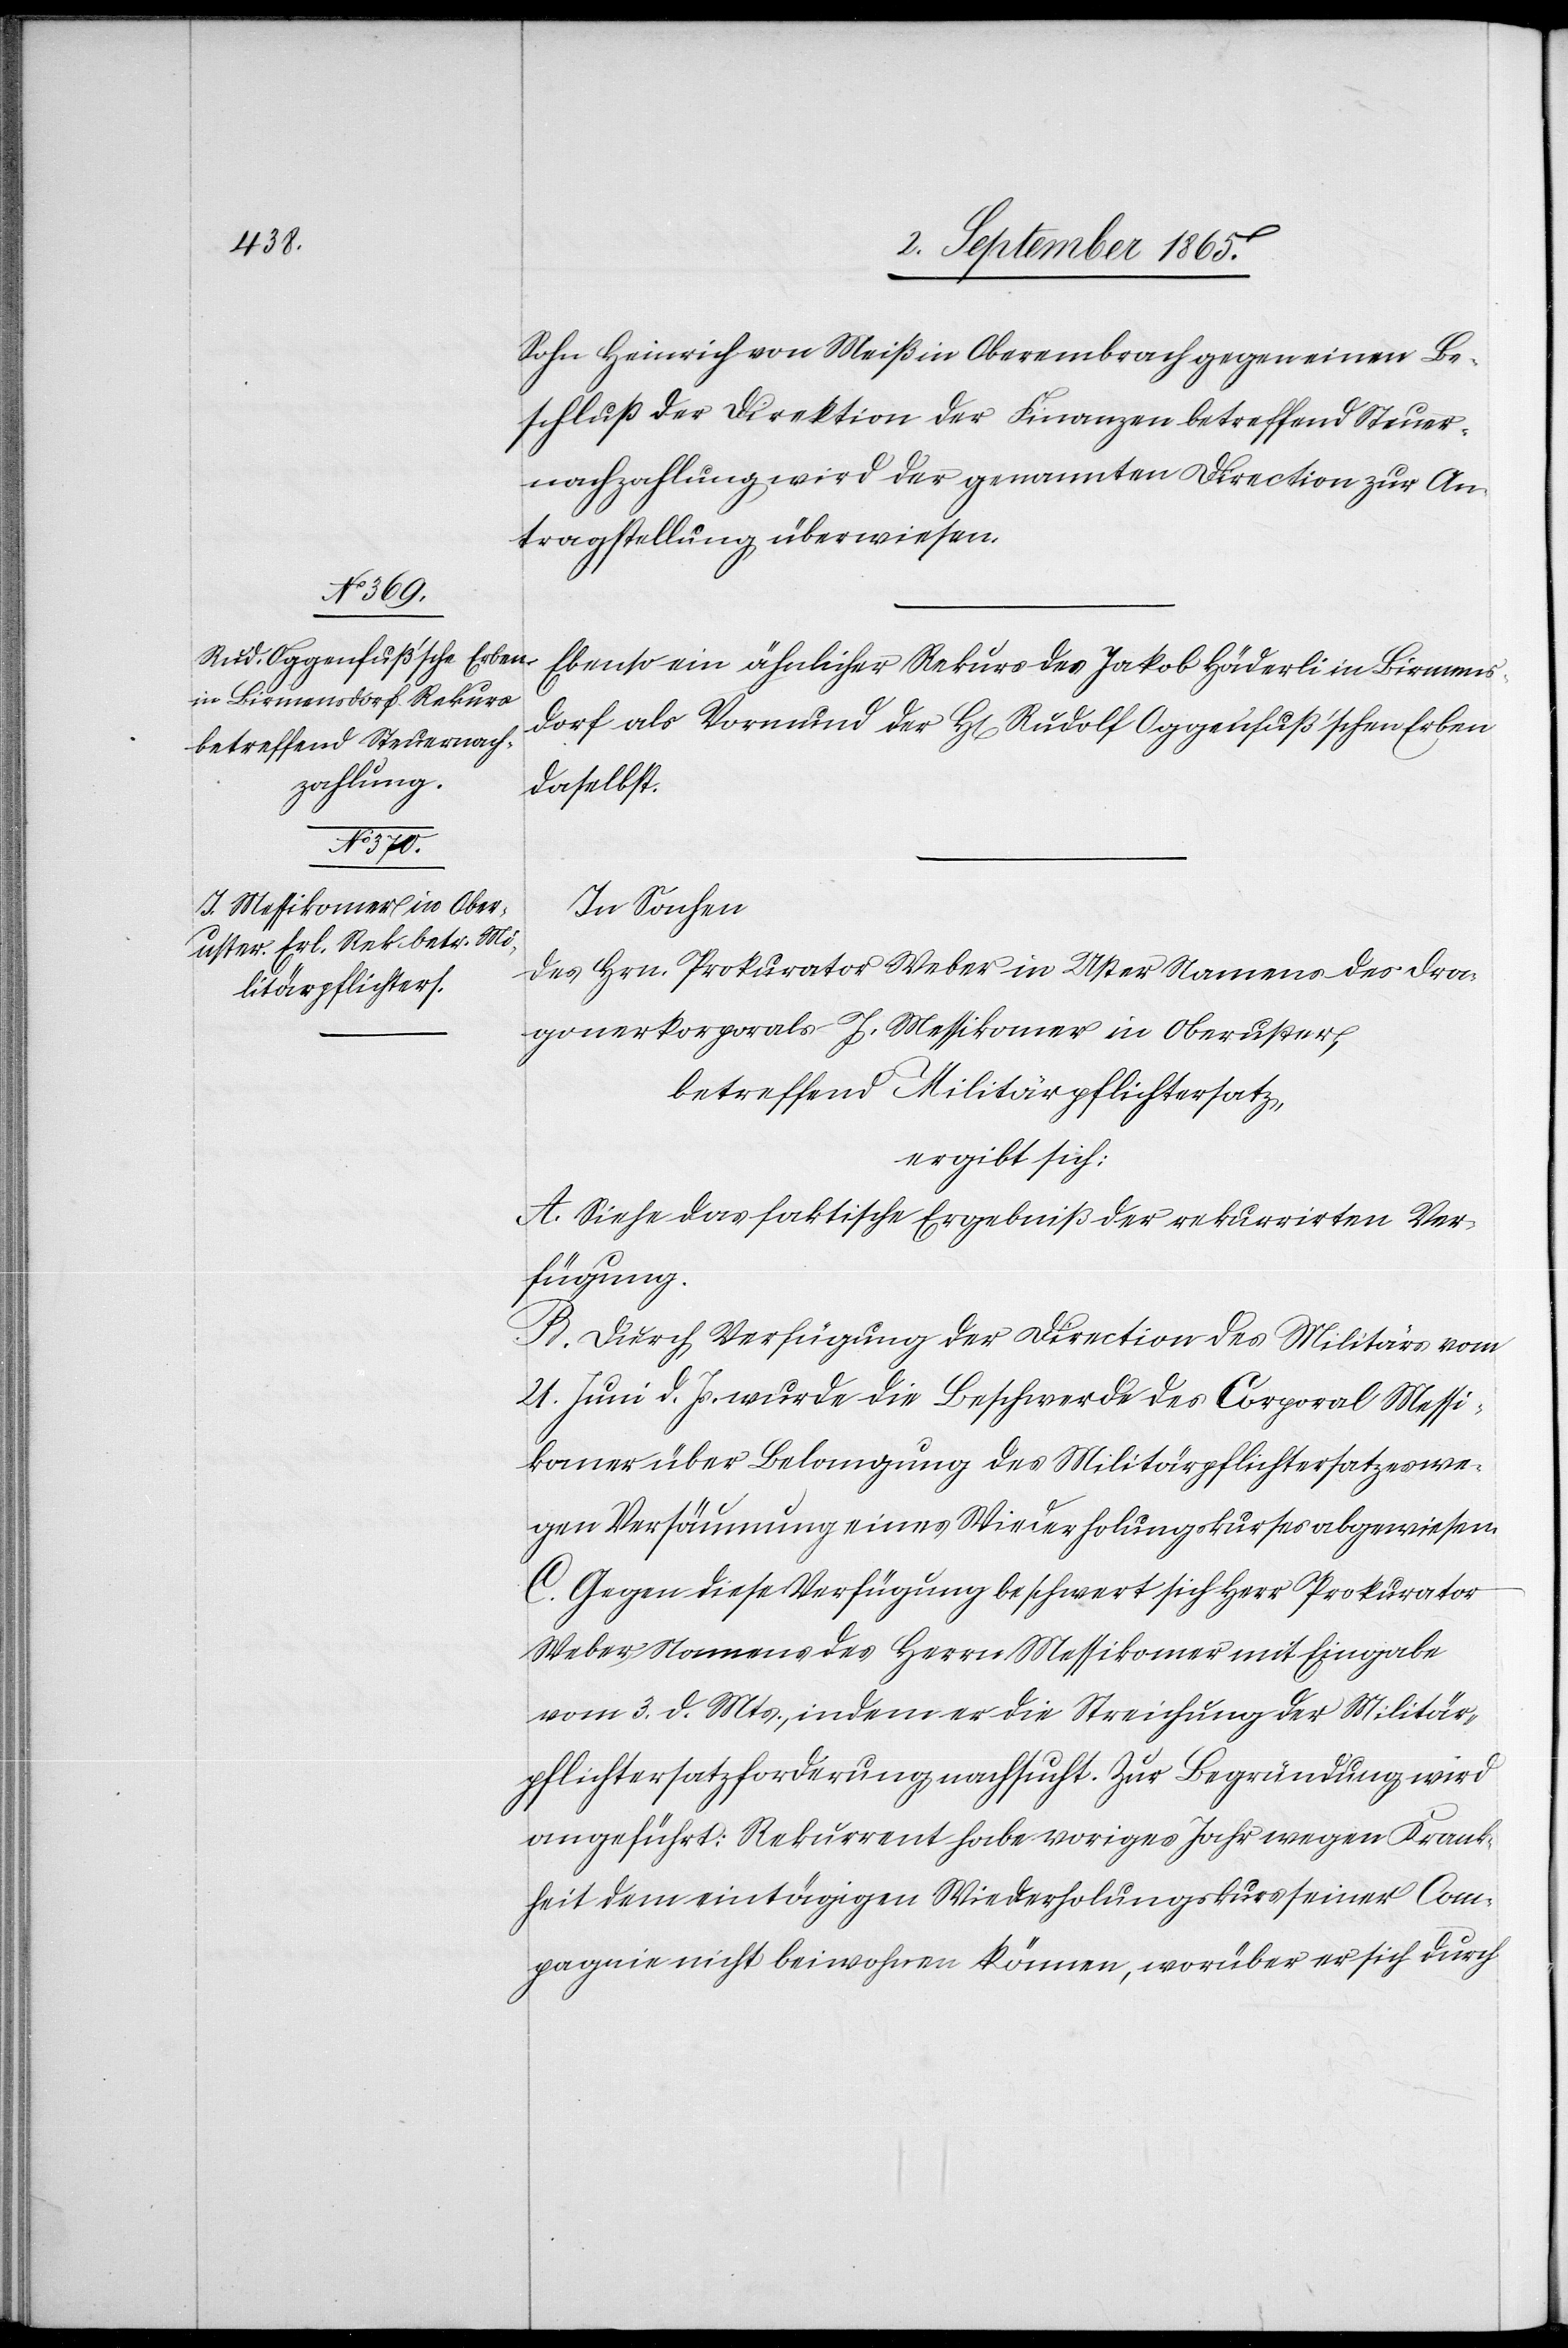
Sohn Heinrich von Meiß in Oberembrach gegen einen Be¬
schluß der Direktion der Finanzen betreffend Steuer¬
nachzahlung wird der genannten Direction zur An¬
tragstellung überwiesen.
Ebenso ein ähnlicher Rekurs des Jakob Häderli in Birmens¬
dorf als Vormund der H[erren] Rudolf Oppenfuß’schen Erben
daselbst.
In Sachen
des Hrn. Prokurator Weber in Uster Namens des Dra¬
gonerkorporals J. Messikomer in Oberuster,
betreffend Militärpflichtersatz,
ergibt sich:
A. Siehe das faktische Ergebniß der rekurrirten Ver¬
fügung.
B. Durch Verfügung der Direction des Militärs vom
21. Juni d. Js. wurde die Beschwerde des Corporal Messi¬
komer über Belangung des Militärpflichtersatzes we¬
gen Versäumung eines Wiederholungskurses abgewiesen.
C. Gegen diese Verfügung beschwert sich Herr Prokurator
Weber Namens des Herrn Messikomer mit Eingabe
vom 3. d. Mts., indem er die Streichung der Militär¬
pflichtersatzforderung nachsucht. Zur Begründung wird
angeführt: Rekurrent habe voriges Jahr wegen Krank¬
heit dem eintägigen Wiederholungskurs seiner Com¬
pagnie nicht beiwohnen können, worüber er sich durch